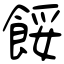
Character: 餒